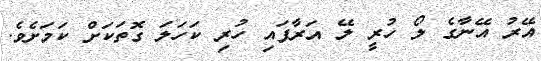
އޭރު އޭނާގެ ލޯ ހުރީ ލޭ އަރާފައި ހުރި ކަހަލަ ގޮތަކަށް ކަމަށެވެ.